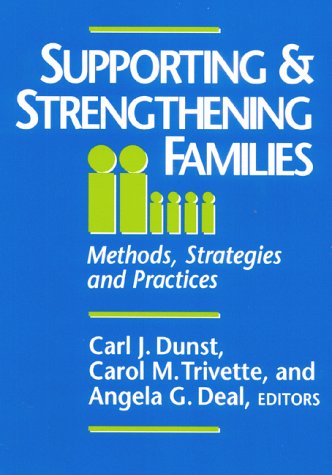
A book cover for Supporting and Strengthening Families: Methods, Strategies, and Outcomes (Vol 1); Carl J Dunst; Parenting & Relationships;